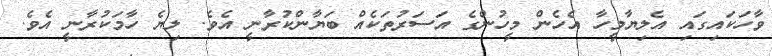
ވާހަކައިގައި އެލިޔާމީހާ އެހެން މީހުންގެ އަސަރުތަކެއް ބަޔާންކުރާނީ އެވެ. ލިޔެ ހާމަކުރާނީ އެވެ.